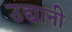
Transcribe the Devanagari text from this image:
उद्यानी